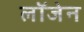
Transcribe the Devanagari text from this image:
लॉजेन